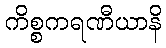
ကိစ္စကရဏီယာနိ